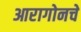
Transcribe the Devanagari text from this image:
आरागोनचे